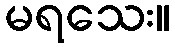
မရသေး။